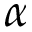
\alpha